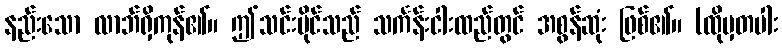
နည်းသော လာဘ်ရှိကုန်၏။ ဤသင်းပိုင်သည် သင်္ကန်းငါးထည်တွင် အစွန်ဆုံး ဖြစ်၏။ (ထိုမှတပါး